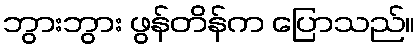
ဘွားဘွား ဖွန်တိန်က ပြောသည်။